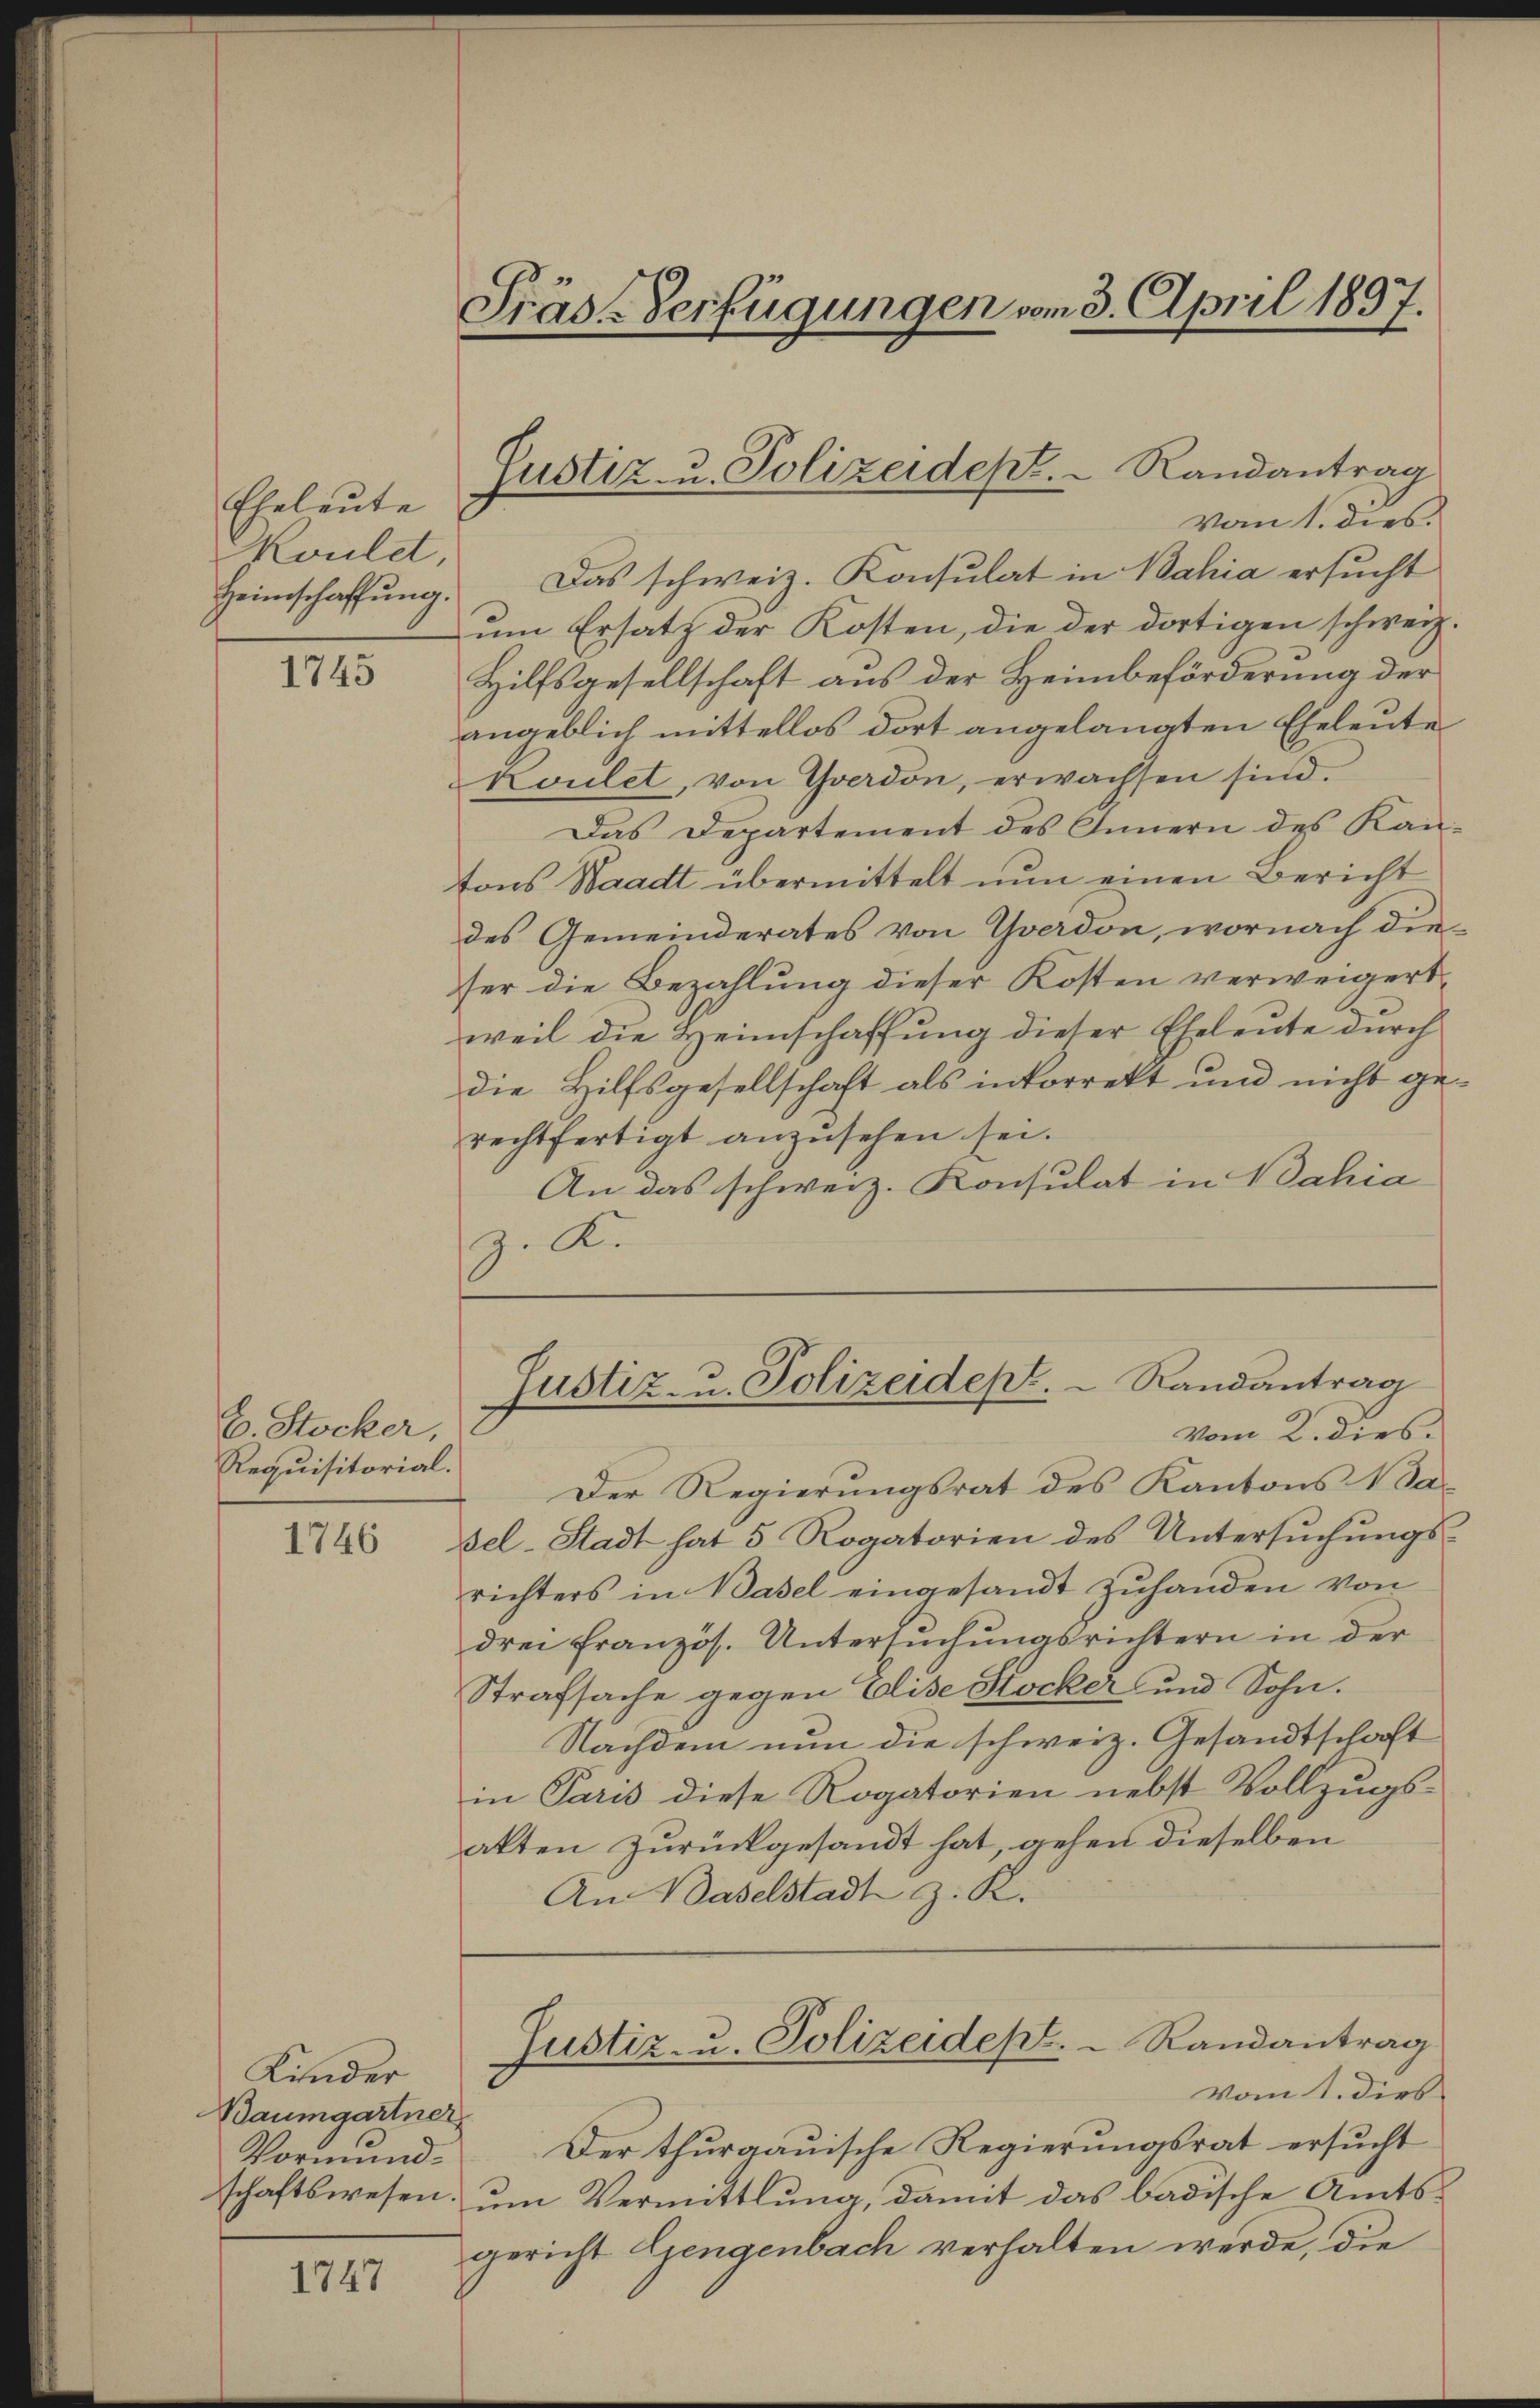
Eheleute
Koulet,

1743

E. Stocker,
Requisitorial.

1746

vom 1. dies
Heimschaffŭng. Das schweiz. Konsulat in Bahia ersŭcht
um Ersatz der Kosten, die der dortigen schweiz.
Hilfsgesellschaft aus der Heimbeförderung der
angeblich mittellos dort angelangten Eheleute
Koulet, von Yverdon, erwachsen sind.
Das Departement des Innern des Kan-
tons Waadt übermittelt nun einen Bericht
des Gemeinderates von Yverdon, wornach die
ser die Bezahlung dieser Kosten verweigert,
weil die Heimschaffung dieser Eheleute durch
die Hilfsgesellschaft als inkorrekt und nicht gerechtfertigt anzŭsehen sei.
An das schweiz. Konsulat in Bahia
z. K.

Kinder
Baumgartner
Vormund¬

1747

Präs. Verfügungen vom 3. April 1897.

Justiz- u. Polizeidept. Randantrag

Der Regierungsrat des Kantons 1 Sa-
sel-Stadt hat 5 Rogatorien des Untersuchungsrichters in Basel eingesandt zuhanden von
drei französ. Untersŭchŭngsrichtern in der
Strafsache gegen Elise Stocker und Sohn.
Nachdem nun die schweiz. Gesandtschaft
in Paris diese Rogatorien nebst Vollzugs-
akten zurückgesandt hat, gehen dieselben
An Baselstadt z. K.
Justiz- u. Polizeidept. Randantrag
vom 1. dies
Der thurgauische Regierungsrat ersucht
schaftswesen, um Vermittlung, damit das badische Amtsgericht Gengenbach verhalten werde, die

Justiz- u. Polizeidept.  Randantrag
vom 2. dies